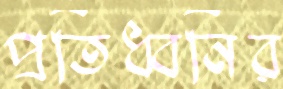
প্রতিধ্বনির